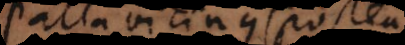
Pallavicinus (postea